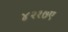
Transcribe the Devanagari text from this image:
४२१७ए